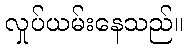
လှုပ်ယမ်းနေသည်။